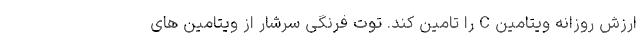
ارزش روزانه ویتامین C را تامین کند. توت فرنگی سرشار از ویتامین های